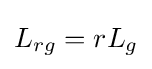
L_{rg}=rL_{g}